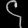
Digit: ၄